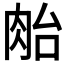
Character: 𰮜